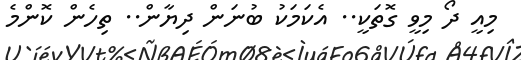
މިއީ ދޯ މިވީ ގޮތަކީ.. އެކަމަކު ބުނަން ދިޔާން.. ތިހެން ކޮންމެ